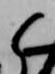
候